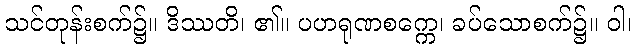
သင်တုန်းစက်၌။ ဒိဿတိ၊ ၏။ ပဟရုဏစက္ကေ၊ ခပ်သောစက်၌။ ဝါ၊